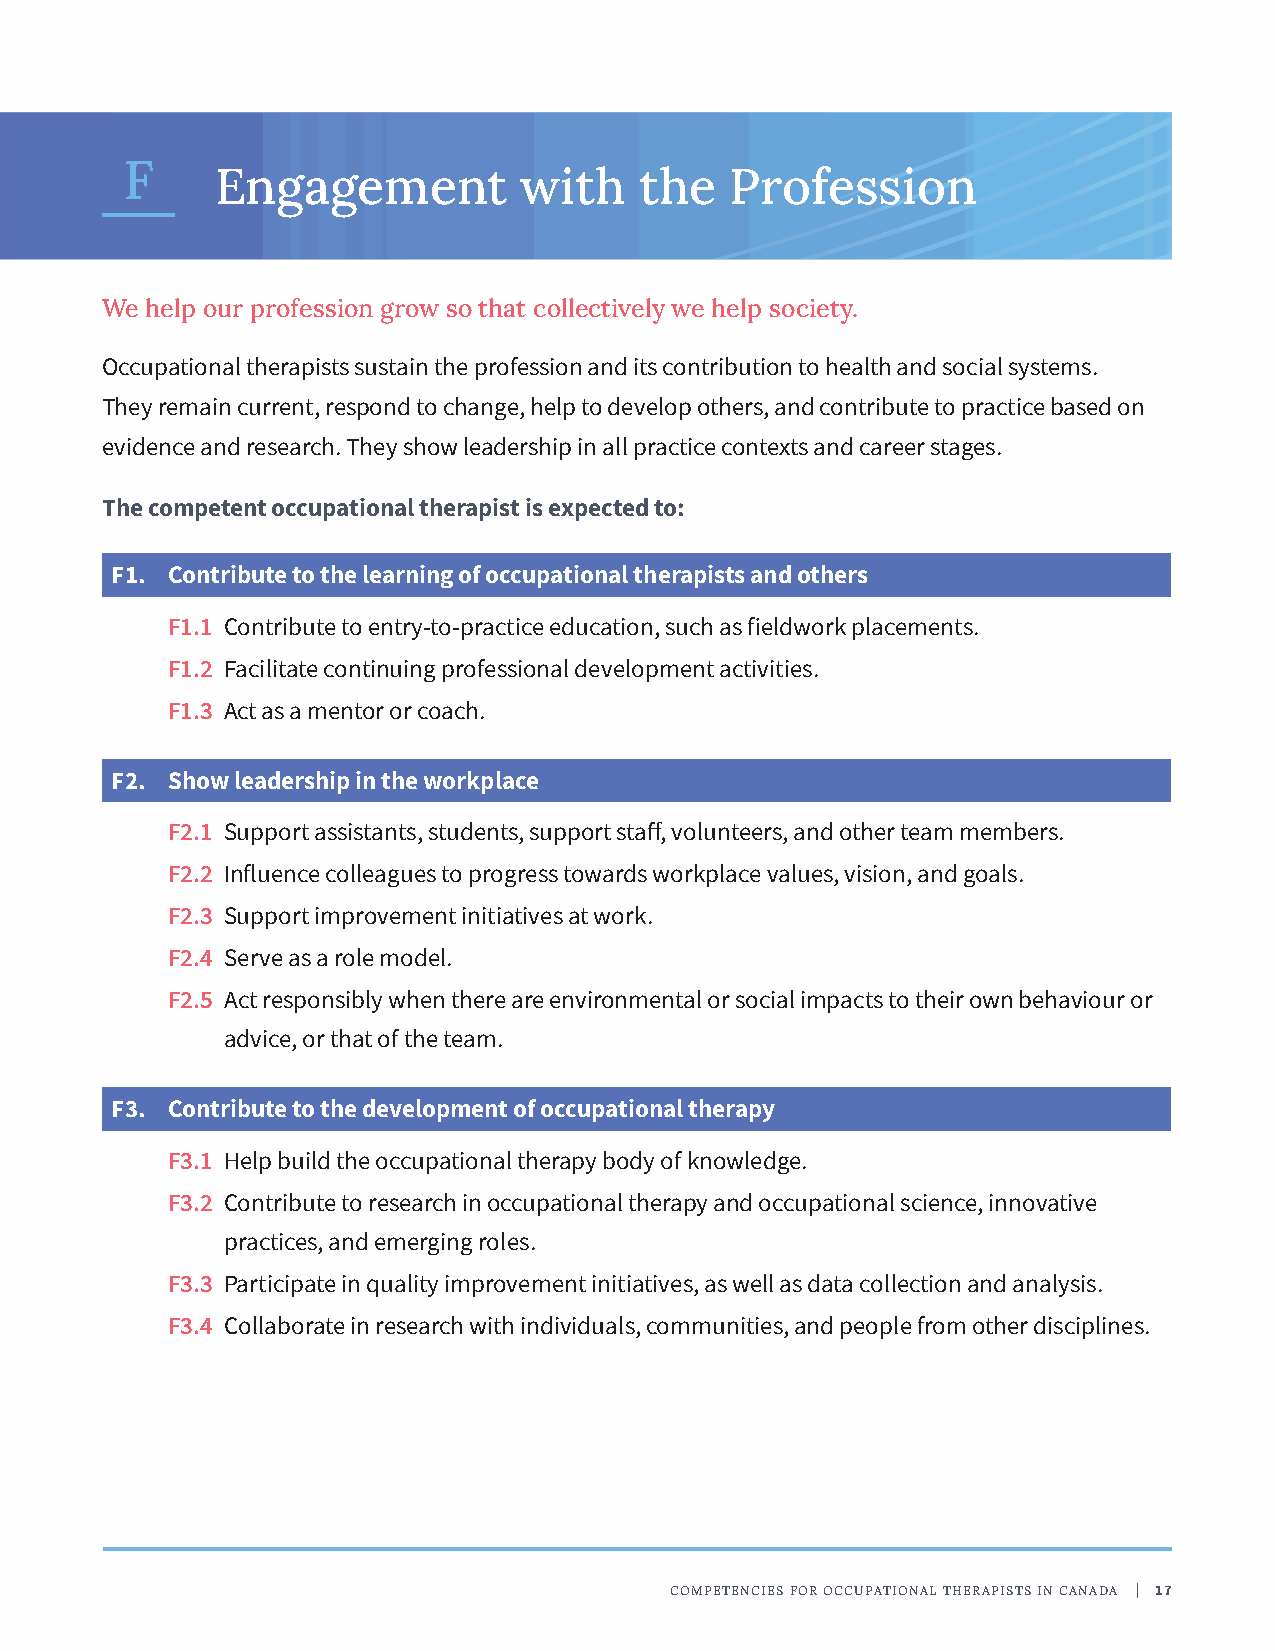
F
 Engagement          with    the   Profession
 We help our profession grow so that collectively we help society.
 Occupational therapists sustain the profession and its contribution to health and social systems.
 They remain current, respond to change, help to develop others, and contribute to practice based on
 evidence and research. They show leadership in all practice contexts and career stages.
 The competent occupational therapist is expected to:
 F1. Contribute to the learning of occupational therapists and others
 F1.1 Contribute to entry-to-practice education, such as fieldwork placements.
 F1.2 Facilitate continuing professional development activities.
 F1.3 Act as a mentor or coach.
 F2. Show leadership in the workplace
 F2.1 Support assistants, students, support staff, volunteers, and other team members.
 F2.2 Influence colleagues to progress towards workplace values, vision, and goals.
 F2.3 Support improvement initiatives at work.
 F2.4 Serve as a role model.
 F2.5 Act responsibly when there are environmental or social impacts to their own behaviour or
 advice, or that of the team.
 F3. Contribute to the development of occupational therapy
 F3.1 Help build the occupational therapy body of knowledge.
 F3.2 Contribute to research in occupational therapy and occupational science, innovative
 practices, and emerging roles.
 F3.3 Participate in quality improvement initiatives, as well as data collection and analysis.
 F3.4 Collaborate in research with individuals, communities, and people from other disciplines.
 COMPETENCIES FOR OCCUPATIONAL THERAPISTS IN CANADA | 17